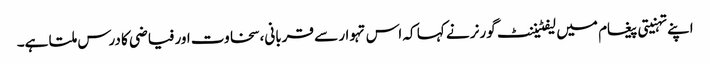
اپنے تہنیتی پیغام میں لیفٹیننٹ گورنر نے کہا کہ اس تہوار سے قربانی، سخاوت اور فیاضی کا درس ملتا ہے۔